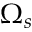
\Omega _ { s }